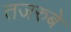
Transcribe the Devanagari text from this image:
तजरुबे